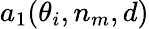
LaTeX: a_{1}(\theta_{i},n_{m},d)